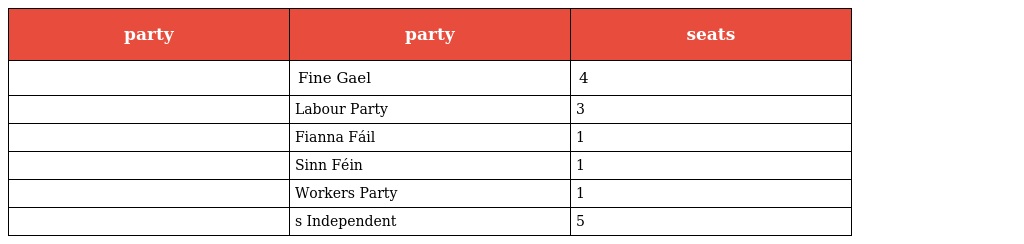
| party | party | seats |
 | --- | --- | --- |
 |  | Fine Gael | 4 |
 |  | Labour Party | 3 |
 |  | Fianna Fáil | 1 |
 |  | Sinn Féin | 1 |
 |  | Workers Party | 1 |
 |  | s Independent | 5 |